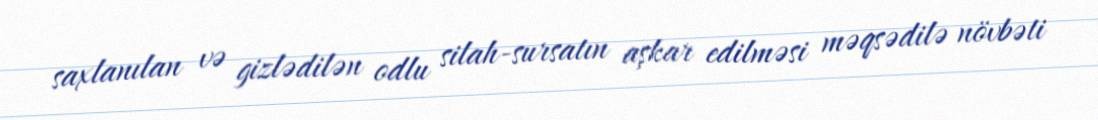
saxlanılan və gizlədilən odlu silah-sursatın aşkar edilməsi məqsədilə növbəti